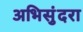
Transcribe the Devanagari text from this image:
अभिसुंदरा